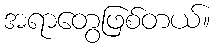
အရာတွေဖြစ်တယ်။